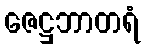
ဇေဋ္ဌဘာတရံ